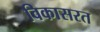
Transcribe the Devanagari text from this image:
विकासरत